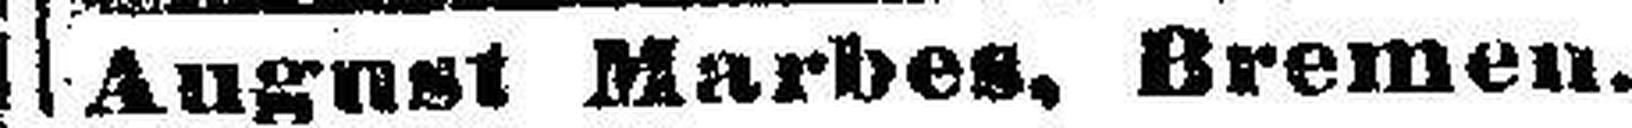
August Marbes, Bremen.